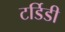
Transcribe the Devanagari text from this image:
टर्डिडी